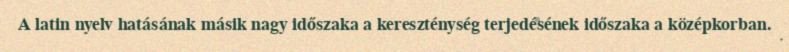
A latin nyelv hatásának másik nagy időszaka a kereszténység terjedésének időszaka a középkorban.